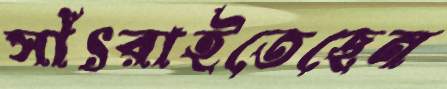
সাঁৎরাইতেছেন